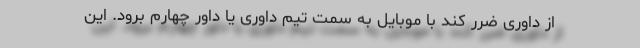
از داوری ضرر کند با موبایل به سمت تیم داوری یا داور چهارم برود. این